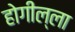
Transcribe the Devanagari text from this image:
होगील्ला